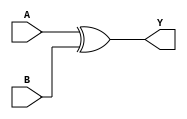
module XORDelay (
   input wire A,
   input wire B,
   output reg Y
);

always @(A or B)
   #1 Y = A ^ B;

endmodule